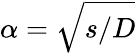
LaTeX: \alpha=\sqrt{s/D}